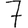
Digit: 7